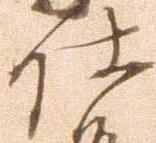
仕